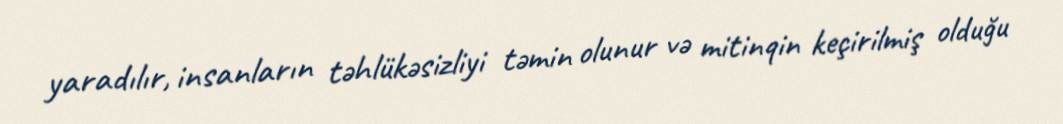
yaradılır, insanların təhlükəsizliyi təmin olunur və mitinqin keçirilmiş olduğu